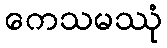
ကေသမဿုံ